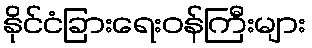
နိုင်ငံခြားရေးဝန်ကြီးများ